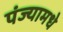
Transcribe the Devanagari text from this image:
पंज्यामधे